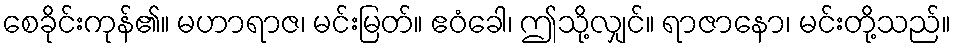
စေခိုင်းကုန်၏။ မဟာရာဇ၊ မင်းမြတ်။ ဧဝံခေါ၊ ဤသို့လျှင်။ ရာဇာနော၊ မင်းတို့သည်။